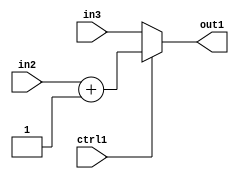
`timescale 1ps / 1ps
/*****************************************************************************
    Verilog RTL Description
    
    
    Created by: Stratus DpOpt 2019.1.01 
*******************************************************************************/

module in_buff_MuxAdd2i1u3u3u1_4 (
	in3,
	in2,
	ctrl1,
	out1
	); /* architecture "behavioural" */ 
input [2:0] in3,
	in2;
input  ctrl1;
output [2:0] out1;
wire [2:0] asc001,
	asc002;

assign asc002 = 
	+(in2)
	+(3'B001);

reg [2:0] asc001_tmp_0;
assign asc001 = asc001_tmp_0;
always @ (ctrl1 or asc002 or in3) begin
	case (ctrl1)
		1'B1 : asc001_tmp_0 = asc002 ;
		default : asc001_tmp_0 = in3 ;
	endcase
end

assign out1 = asc001;
endmodule

/* CADENCE  v7D4Sg8= : u9/ySgnWtBlWxVPRXgAZ4Og= ** DO NOT EDIT THIS LINE ******/